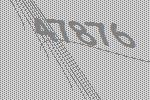
47876